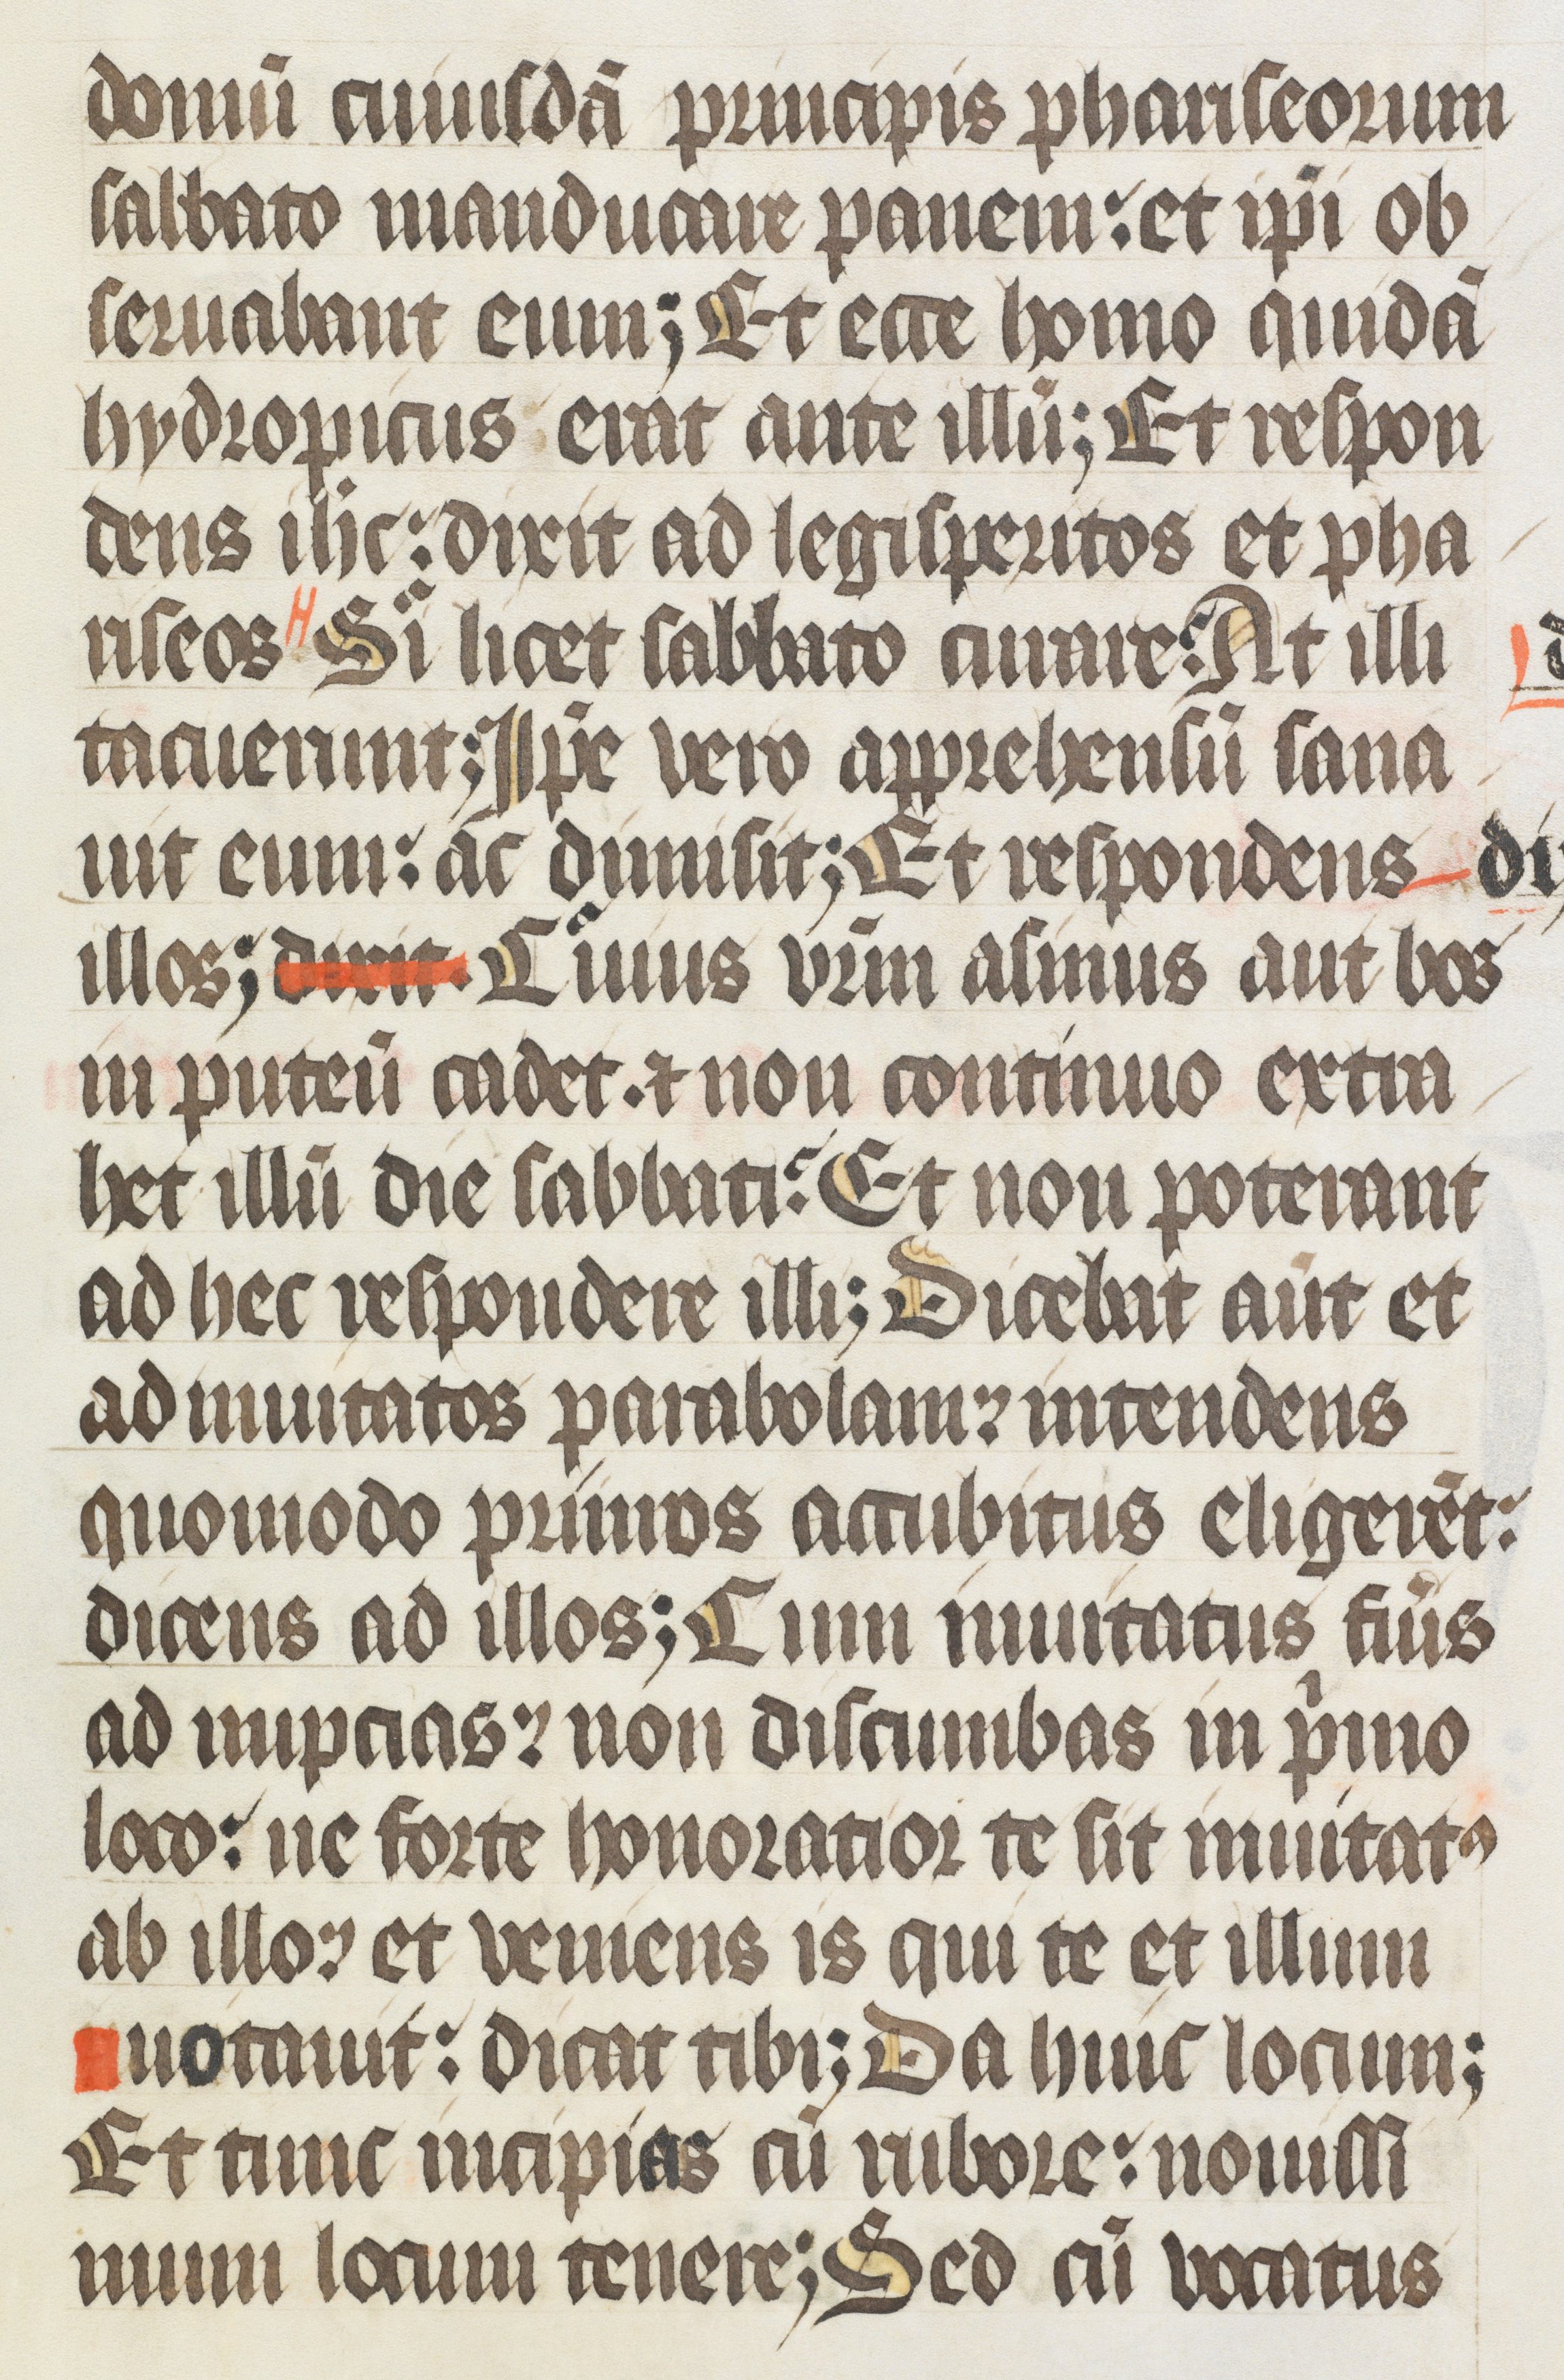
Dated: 1400–1499